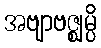
အဗျာဗဇ္ဈမ္ပိ